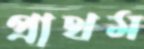
প্রাথম